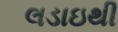
લડાઇથી